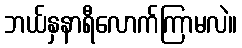
ဘယ်နှနာရီလောက်ကြာမလဲ။